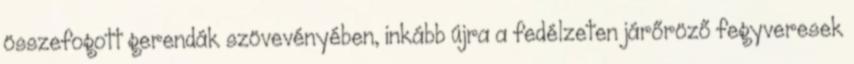
összefogott gerendák szövevényében, inkább újra a fedélzeten járőröző fegyveresek